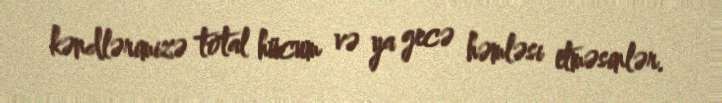
kəndlərimizə total hücum və ya gecə həmləsi etməsinlər.